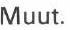
Muut.